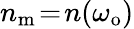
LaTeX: n_{\mathrm{m}}\! =\! n(\omega_{\mathrm{o}})